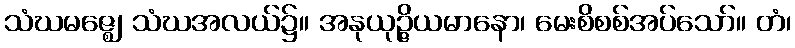
သံဃမဇ္ဈေ၊ သံဃအလယ်၌။ အနုယုဉ္ဇိယမာနော၊ မေးစိစစ်အပ်သော်။ တံ၊